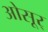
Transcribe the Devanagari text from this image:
ओसूर्